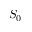
S _ { 0 }